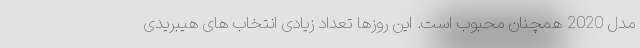
مدل 2020 همچنان محبوب است. این روزها تعداد زیادی انتخاب های هیبریدی